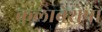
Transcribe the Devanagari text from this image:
कलावेशेषों